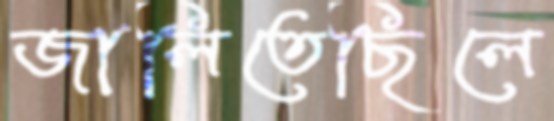
জালিতেছিলে